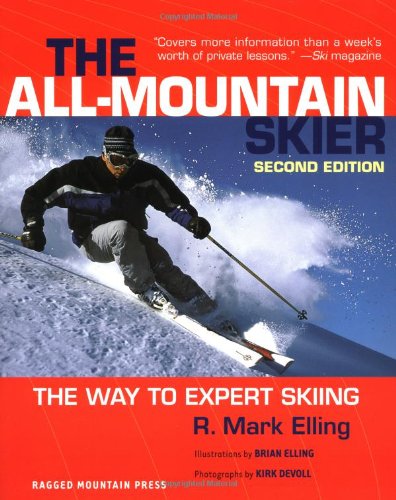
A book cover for All-Mountain Skier : The Way to Expert Skiing; R. Elling; Sports & Outdoors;